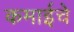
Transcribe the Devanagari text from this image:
कमाईचे